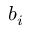
b _ { i }